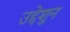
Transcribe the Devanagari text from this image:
उद्देशुन